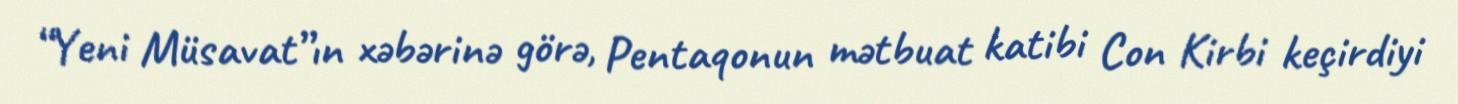
“Yeni Müsavat”ın xəbərinə görə, Pentaqonun mətbuat katibi Con Kirbi keçirdiyi